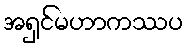
အရှင်မဟာကဿပ